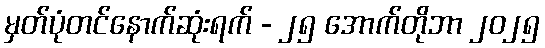
မှတ်ပုံတင်နောက်ဆုံးရက် - ၂၅ အောက်တိုဘာ ၂၀၂၅